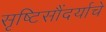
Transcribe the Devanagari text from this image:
सृष्टिसौंदर्याचे